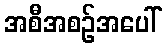
အစီအစဉ်အပေါ်